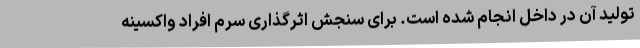
تولید آن در داخل انجام شده است. برای سنجش اثرگذاری سرم افراد واکسینه